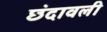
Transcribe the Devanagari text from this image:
छंदावली